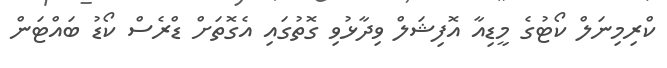
ކްރިމިނަލް ކޯޓުގެ މީޑިއާ އޮފިޝަލް ވިދާޅުވި ގޮތުގައި އެގޮތަށް ޑްރެސް ކޯޑު ބައްޓަން